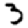
Digit: 3